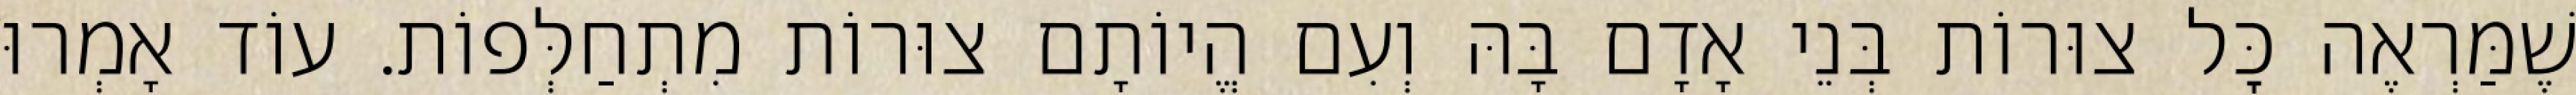
שֶׁמַּרְאֶה כׇּל צוּרוֹת בְּנֵי אָדָם בָּהּ וְעִם הֱיוֹתָם צוּרוֹת מִתְחַלְּפוֹת. עוֹד אָמְרוּ